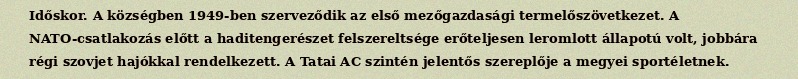
Időskor. A községben 1949-ben szerveződik az első mezőgazdasági termelőszövetkezet. A NATO-csatlakozás előtt a haditengerészet felszereltsége erőteljesen leromlott állapotú volt, jobbára régi szovjet hajókkal rendelkezett. A Tatai AC szintén jelentős szereplője a megyei sportéletnek.